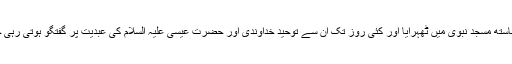
انہیں آنحضرتؐ نے پورے اعزاز اور پروٹوکول کے ساستھ مسجد نبویؐ میں ٹھہرایا اور کئی روز تک ان سے توحید خداوندی اور حضرت عیسیٰ علیہ السلام کی عبدیت پر گفتگو ہوتی رہی جو کسی نتیجے تک نہ پہنچی تو مباہلہ کی نوبت آگئی۔